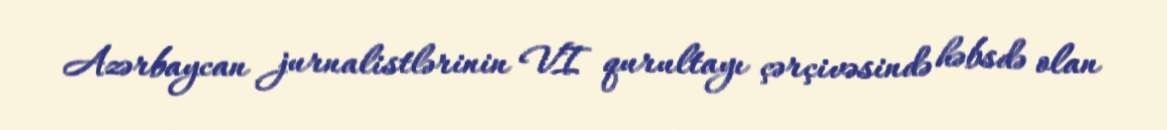
Azərbaycan jurnalistlərinin VI qurultayı çərçivəsində həbsdə olan